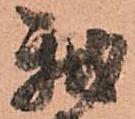
我